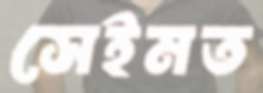
সেইমত